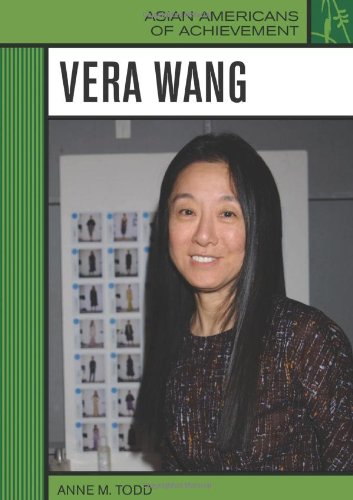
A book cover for Vera Wang (Asian Americans of Achievement); Anne M. Todd; Teen & Young Adult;